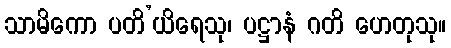
သာမိကော ပတိ’ယိရေသု၊ ပဋ္ဌာနံ ဂတိ ဟေတုသု။